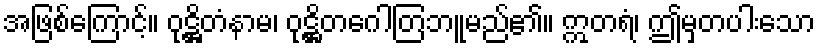
အဖြစ်ကြောင့်။ ဝုဋ္ဌိတံနာမ၊ ဝုဋ္ဌိတဂေါတြဘူမည်၏။ ဣတရံ၊ ဤမှတပါးသော